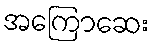
အကြောဆေး